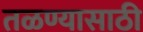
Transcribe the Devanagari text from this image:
तळण्यासाठी